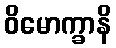
ဝိမောက္ခာနိ